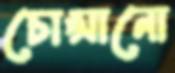
চোপ্‌সানো